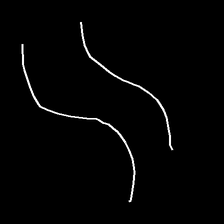
Glyph: float